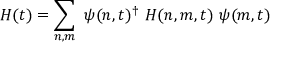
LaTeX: H ( t ) = \sum _ { n , m } \ \psi ( n , t ) ^ { \dagger } \ H ( n , m , t ) \ \psi ( m , t )